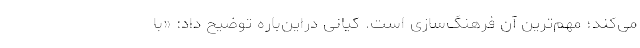
می‌کند؛ مهم‌ترین آن فرهنگ‌سازی است. کیانی دراین‌باره توضیح داد: «با